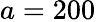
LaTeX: a=200